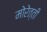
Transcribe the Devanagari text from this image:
मोरेत्ती